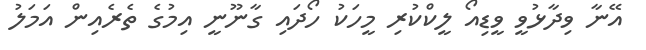
އޭނާ ވިދާޅުވީ ވީޑިއޯ ލީކްކުރި މީހަކު ހޯދައި ގާނޫނީ އިމުގެ ތެރެއިން އަމަލު